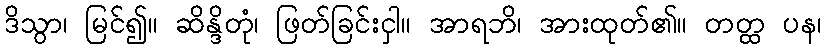
ဒိသွာ၊ မြင်၍။ ဆိန္ဒိတုံ၊ ဖြတ်ခြင်းငှါ။ အာရဘိ၊ အားထုတ်၏။ တတ္ထ ပန၊